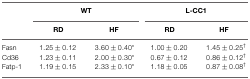
|  | <COLSPAN=2> WT | <COLSPAN=2> L-CC1 |
 |  | RD | HF | RD | HF |
 | --- | --- | --- | --- | --- |
 | Fasn | 1.25 ± 0.12 | 3.60 ± 0.40* | 1.00 ± 0.20 | 1.45 ± 0.25† |
 | Cd36 | 1.23 ± 0.11 | 2.00 ± 0.30* | 0.67 ± 0.12 | 0.86 ± 0.12† |
 | Fatp-1 | 1.19 ± 0.15 | 2.33 ± 0.10* | 1.18 ± 0.05 | 0.87 ± 0.08† |